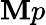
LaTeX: \mathbf{M}p